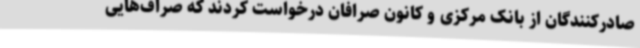
صادرکنندگان از بانک مرکزی و کانون صرافان درخواست کردند که صراف‌هایی